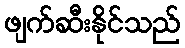
ဖျက်ဆီးနိုင်သည်